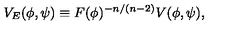
V _ { E } ( \phi , \psi ) \equiv F ( \phi ) ^ { - n / ( n - 2 ) } V ( \phi , \psi ) ,